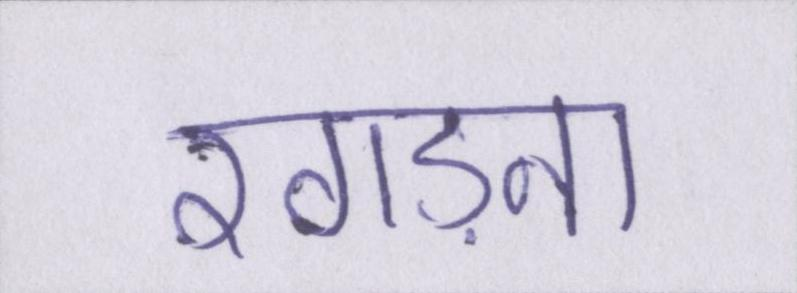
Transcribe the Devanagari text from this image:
रगड़ना